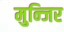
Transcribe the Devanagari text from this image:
मुन्जिर